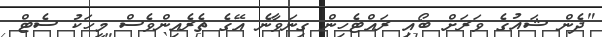
"ދެން ޝައުގެ ވަރަށް ބޯއި ރައްޓެހިން ގިނަވާނެ އޭގެ ތެރެއިންވެސް މީހަކު ސެޓް